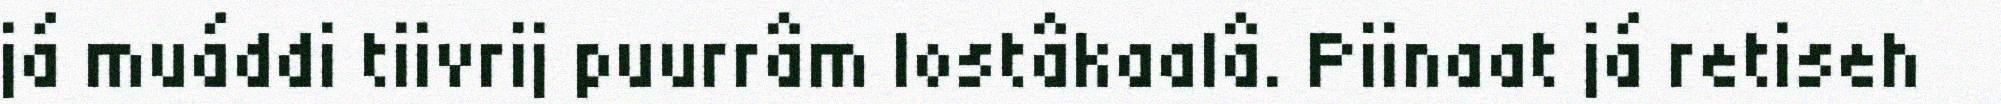
já muáddi tiivrij puurrâm lostâkaalâ. Piinaat já retiseh